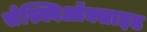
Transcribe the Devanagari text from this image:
सेस्क्विऑक्साइड